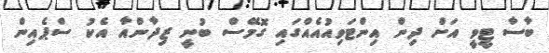
ބާސާ ޓީވީ އަށް ދިން އިންޓަވިއުއެއްގައި ގޮމޭސް ބުނީ ޒިދާންއާ އެކު ސްޕެއިން